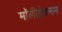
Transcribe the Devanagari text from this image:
मॉलीब्लेडनम